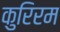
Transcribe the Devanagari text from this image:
कुरिरम